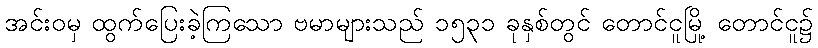
အင်းဝမှ ထွက်ပြေးခဲ့ကြသော ဗမာများသည် ၁၅၃၁ ခုနှစ်တွင် တောင်ငူမြို့ တောင်ငူ၌